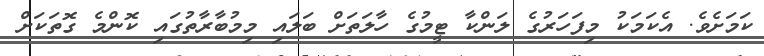
ކަމަށެވެ. އެކަމަކު މިފަހަރުގެ ލަންކާ ޓީމުގެ ހާލަތަށް ބަލައި މިމުބާރާތުގައި ކޮންމެ ގޮތަކަށް